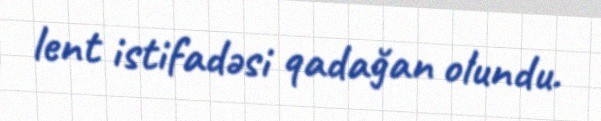
lent istifadəsi qadağan olundu.